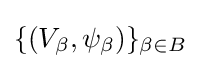
\{(V_{\beta },\psi _{\beta })\}_{\beta \in B}